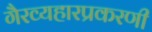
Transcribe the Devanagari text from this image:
गैरव्यहारप्रकरणी